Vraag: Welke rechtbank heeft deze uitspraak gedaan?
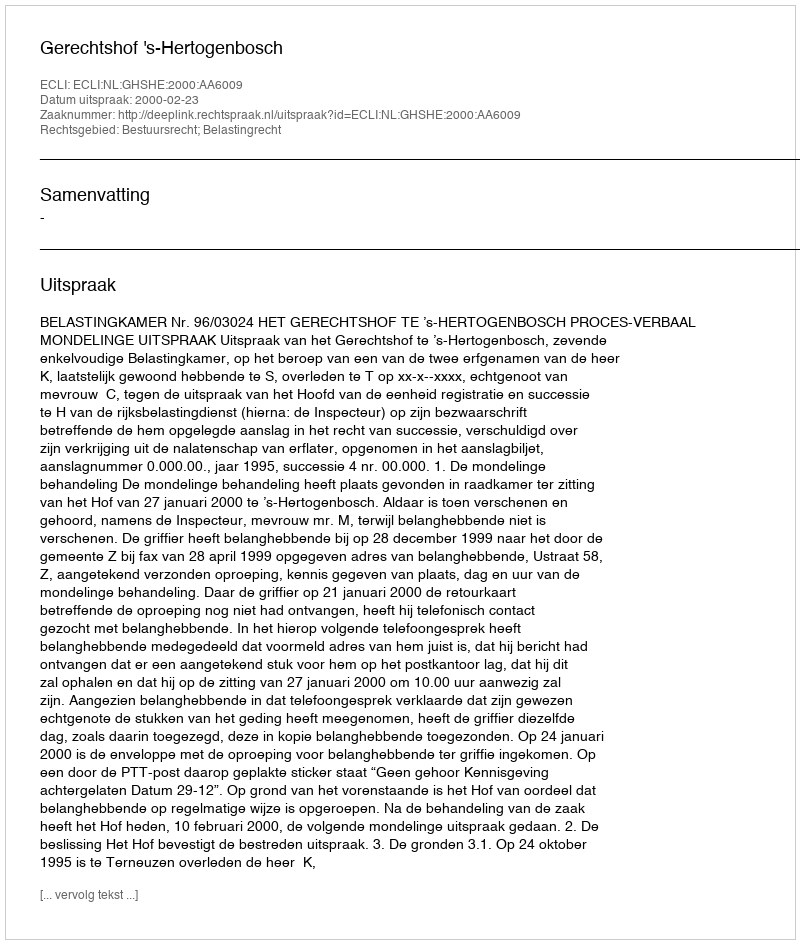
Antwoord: Gerechtshof 's-Hertogenbosch